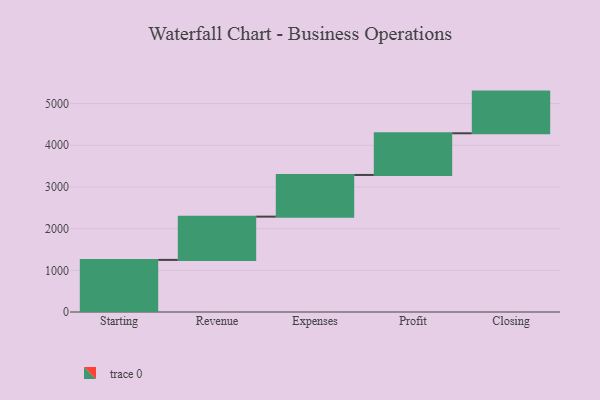
{"axis": {"x": "Step", "y": "Value"}, "legend": [""], "data": [{"x": "Starting", "y": 1250.0, "type": ""}, {"x": "Revenue", "y": 1038.0, "type": ""}, {"x": "Expenses", "y": 1000, "type": ""}, {"x": "Profit", "y": 1000, "type": ""}, {"x": "Closing", "y": 1000, "type": ""}]}